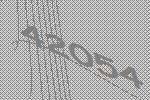
42054